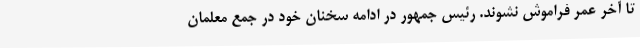
تا آخر عمر فراموش نشوند. رئیس جمهور در ادامه سخنان خود در جمع معلمان